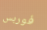
فوربس